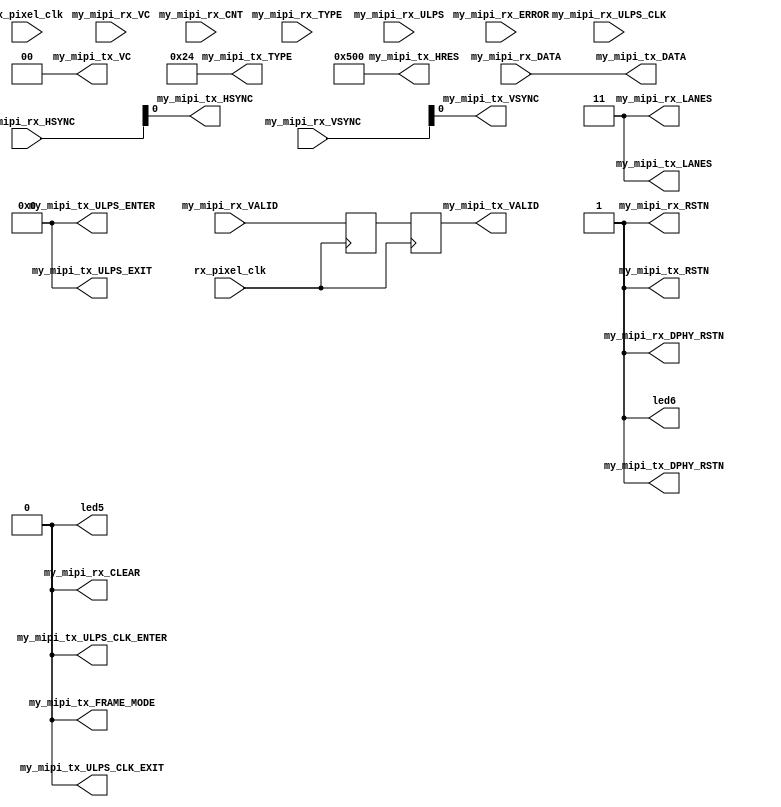
module mipi_loopback_top (
    output        led5,
    output        led6,

/* Clocks of MIPI TX and RX parallel interfaces */
	input         tx_pixel_clk,
	input         rx_pixel_clk,
/* Signals used by the MIPI TX Interface Designer instance */

	output        my_mipi_tx_DPHY_RSTN,
	output        my_mipi_tx_RSTN,
	output        my_mipi_tx_VALID,
	output        my_mipi_tx_HSYNC,
	output        my_mipi_tx_VSYNC,
	output [63:0] my_mipi_tx_DATA,

	output [5:0]  my_mipi_tx_TYPE,
	output [1:0]  my_mipi_tx_LANES,
	output        my_mipi_tx_FRAME_MODE,
	output [15:0] my_mipi_tx_HRES,
	output [1:0]  my_mipi_tx_VC,
	output [3:0]  my_mipi_tx_ULPS_ENTER,
	output [3:0]  my_mipi_tx_ULPS_EXIT,
	output        my_mipi_tx_ULPS_CLK_ENTER,
	output        my_mipi_tx_ULPS_CLK_EXIT,
/* Signals used by the MIPI RX Interface Designer instance */

	output        my_mipi_rx_DPHY_RSTN,
	output        my_mipi_rx_RSTN,
	output        my_mipi_rx_CLEAR,
	output [1:0]  my_mipi_rx_LANES,

	input         my_mipi_rx_VALID,
	input [3:0]   my_mipi_rx_HSYNC,
	input [3:0]   my_mipi_rx_VSYNC,
	input [63:0]  my_mipi_rx_DATA,
	input [5:0]   my_mipi_rx_TYPE,
	input [1:0]   my_mipi_rx_VC,
	input [3:0]   my_mipi_rx_CNT,
	input [17:0]  my_mipi_rx_ERROR,
	input         my_mipi_rx_ULPS_CLK,
	input [3:0]   my_mipi_rx_ULPS
);

reg prev_2_valid = 0;
reg prev_valid = 0;
                   
assign my_mipi_tx_VALID = prev_2_valid;
assign my_mipi_tx_HSYNC = my_mipi_rx_HSYNC[0];
assign my_mipi_tx_VSYNC = my_mipi_rx_VSYNC[0];
assign my_mipi_tx_DATA = my_mipi_rx_DATA;
assign my_mipi_tx_DPHY_RSTN = 1;
assign my_mipi_tx_RSTN = 1;
assign my_mipi_tx_TYPE = 6'h24;			// RGB888
assign my_mipi_tx_LANES = 2'b11;                // 4 lanes
assign my_mipi_tx_FRAME_MODE = 1'b0;            // Generic Frame Mode
assign my_mipi_tx_HRES = 1280;         // Number of pixels per line
assign my_mipi_tx_VC = 2'b00;                   // Virtual Channel select
assign my_mipi_tx_ULPS_ENTER = 4'b0000;
assign my_mipi_tx_ULPS_EXIT = 4'b0000;
assign my_mipi_tx_ULPS_CLK_ENTER = 1'b0;
assign my_mipi_tx_ULPS_CLK_EXIT = 1'b0;
//***************
/* MIPI RX HOOKUP */
//***************
assign my_mipi_rx_DPHY_RSTN = 1;
assign my_mipi_rx_RSTN = 1;
assign my_mipi_rx_CLEAR = 0;
assign my_mipi_rx_LANES = 2'b11;         // 4 lanes
assign my_mipi_rx_VC_ENA = 4'b0001;    // Virtual Channel enable

assign led5 = my_mipi_rx_CLEAR;
assign led6 = my_mipi_rx_RSTN;

always @(posedge rx_pixel_clk) begin
    prev_valid <= my_mipi_rx_VALID;
    prev_2_valid <= prev_valid;
end

endmodule